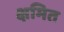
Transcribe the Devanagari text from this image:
क्षमित